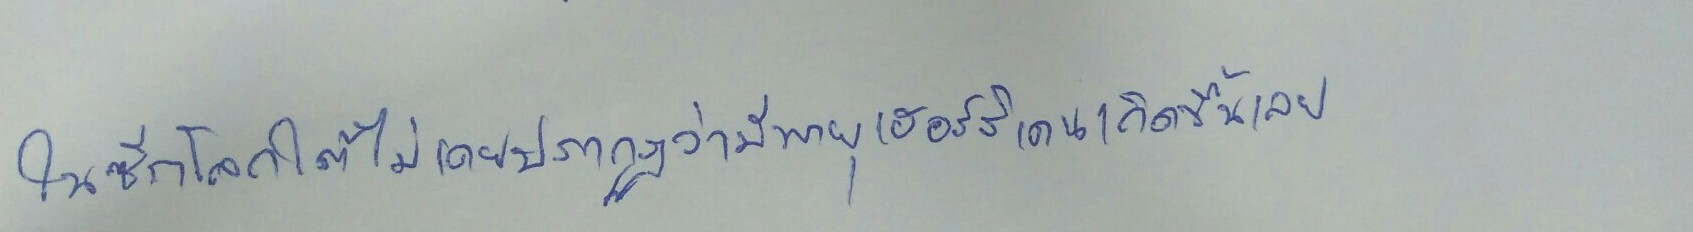
ในซีกโลกใต้ไม่เคยปรากฏว่ามีพายุเฮอร์ริเคนเกิดขึ้นเลย